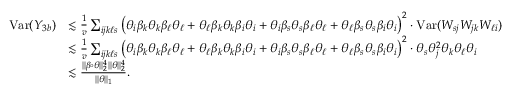
\begin{array} { r l } { \mathrm { V a r } ( Y _ { 3 b } ) } & { \lesssim \frac { 1 } { v } \sum _ { i j k \ell s } \big ( \theta _ { i } \beta _ { k } \theta _ { k } \beta _ { \ell } \theta _ { \ell } + \theta _ { \ell } \beta _ { k } \theta _ { k } \beta _ { i } \theta _ { i } + \theta _ { i } \beta _ { s } \theta _ { s } \beta _ { \ell } \theta _ { \ell } + \theta _ { \ell } \beta _ { s } \theta _ { s } \beta _ { i } \theta _ { i } \big ) ^ { 2 } \cdot \mathrm { V a r } ( W _ { s j } W _ { j k } W _ { \ell i } ) } \\ & { \lesssim \frac { 1 } { v } \sum _ { i j k \ell s } \big ( \theta _ { i } \beta _ { k } \theta _ { k } \beta _ { \ell } \theta _ { \ell } + \theta _ { \ell } \beta _ { k } \theta _ { k } \beta _ { i } \theta _ { i } + \theta _ { i } \beta _ { s } \theta _ { s } \beta _ { \ell } \theta _ { \ell } + \theta _ { \ell } \beta _ { s } \theta _ { s } \beta _ { i } \theta _ { i } \big ) ^ { 2 } \cdot \theta _ { s } \theta _ { j } ^ { 2 } \theta _ { k } \theta _ { \ell } \theta _ { i } } \\ & { \lesssim \frac { \| \beta \circ \theta \| _ { 2 } ^ { 4 } \| \theta \| _ { 2 } ^ { 4 } } { \| \theta \| _ { 1 } } . } \end{array}